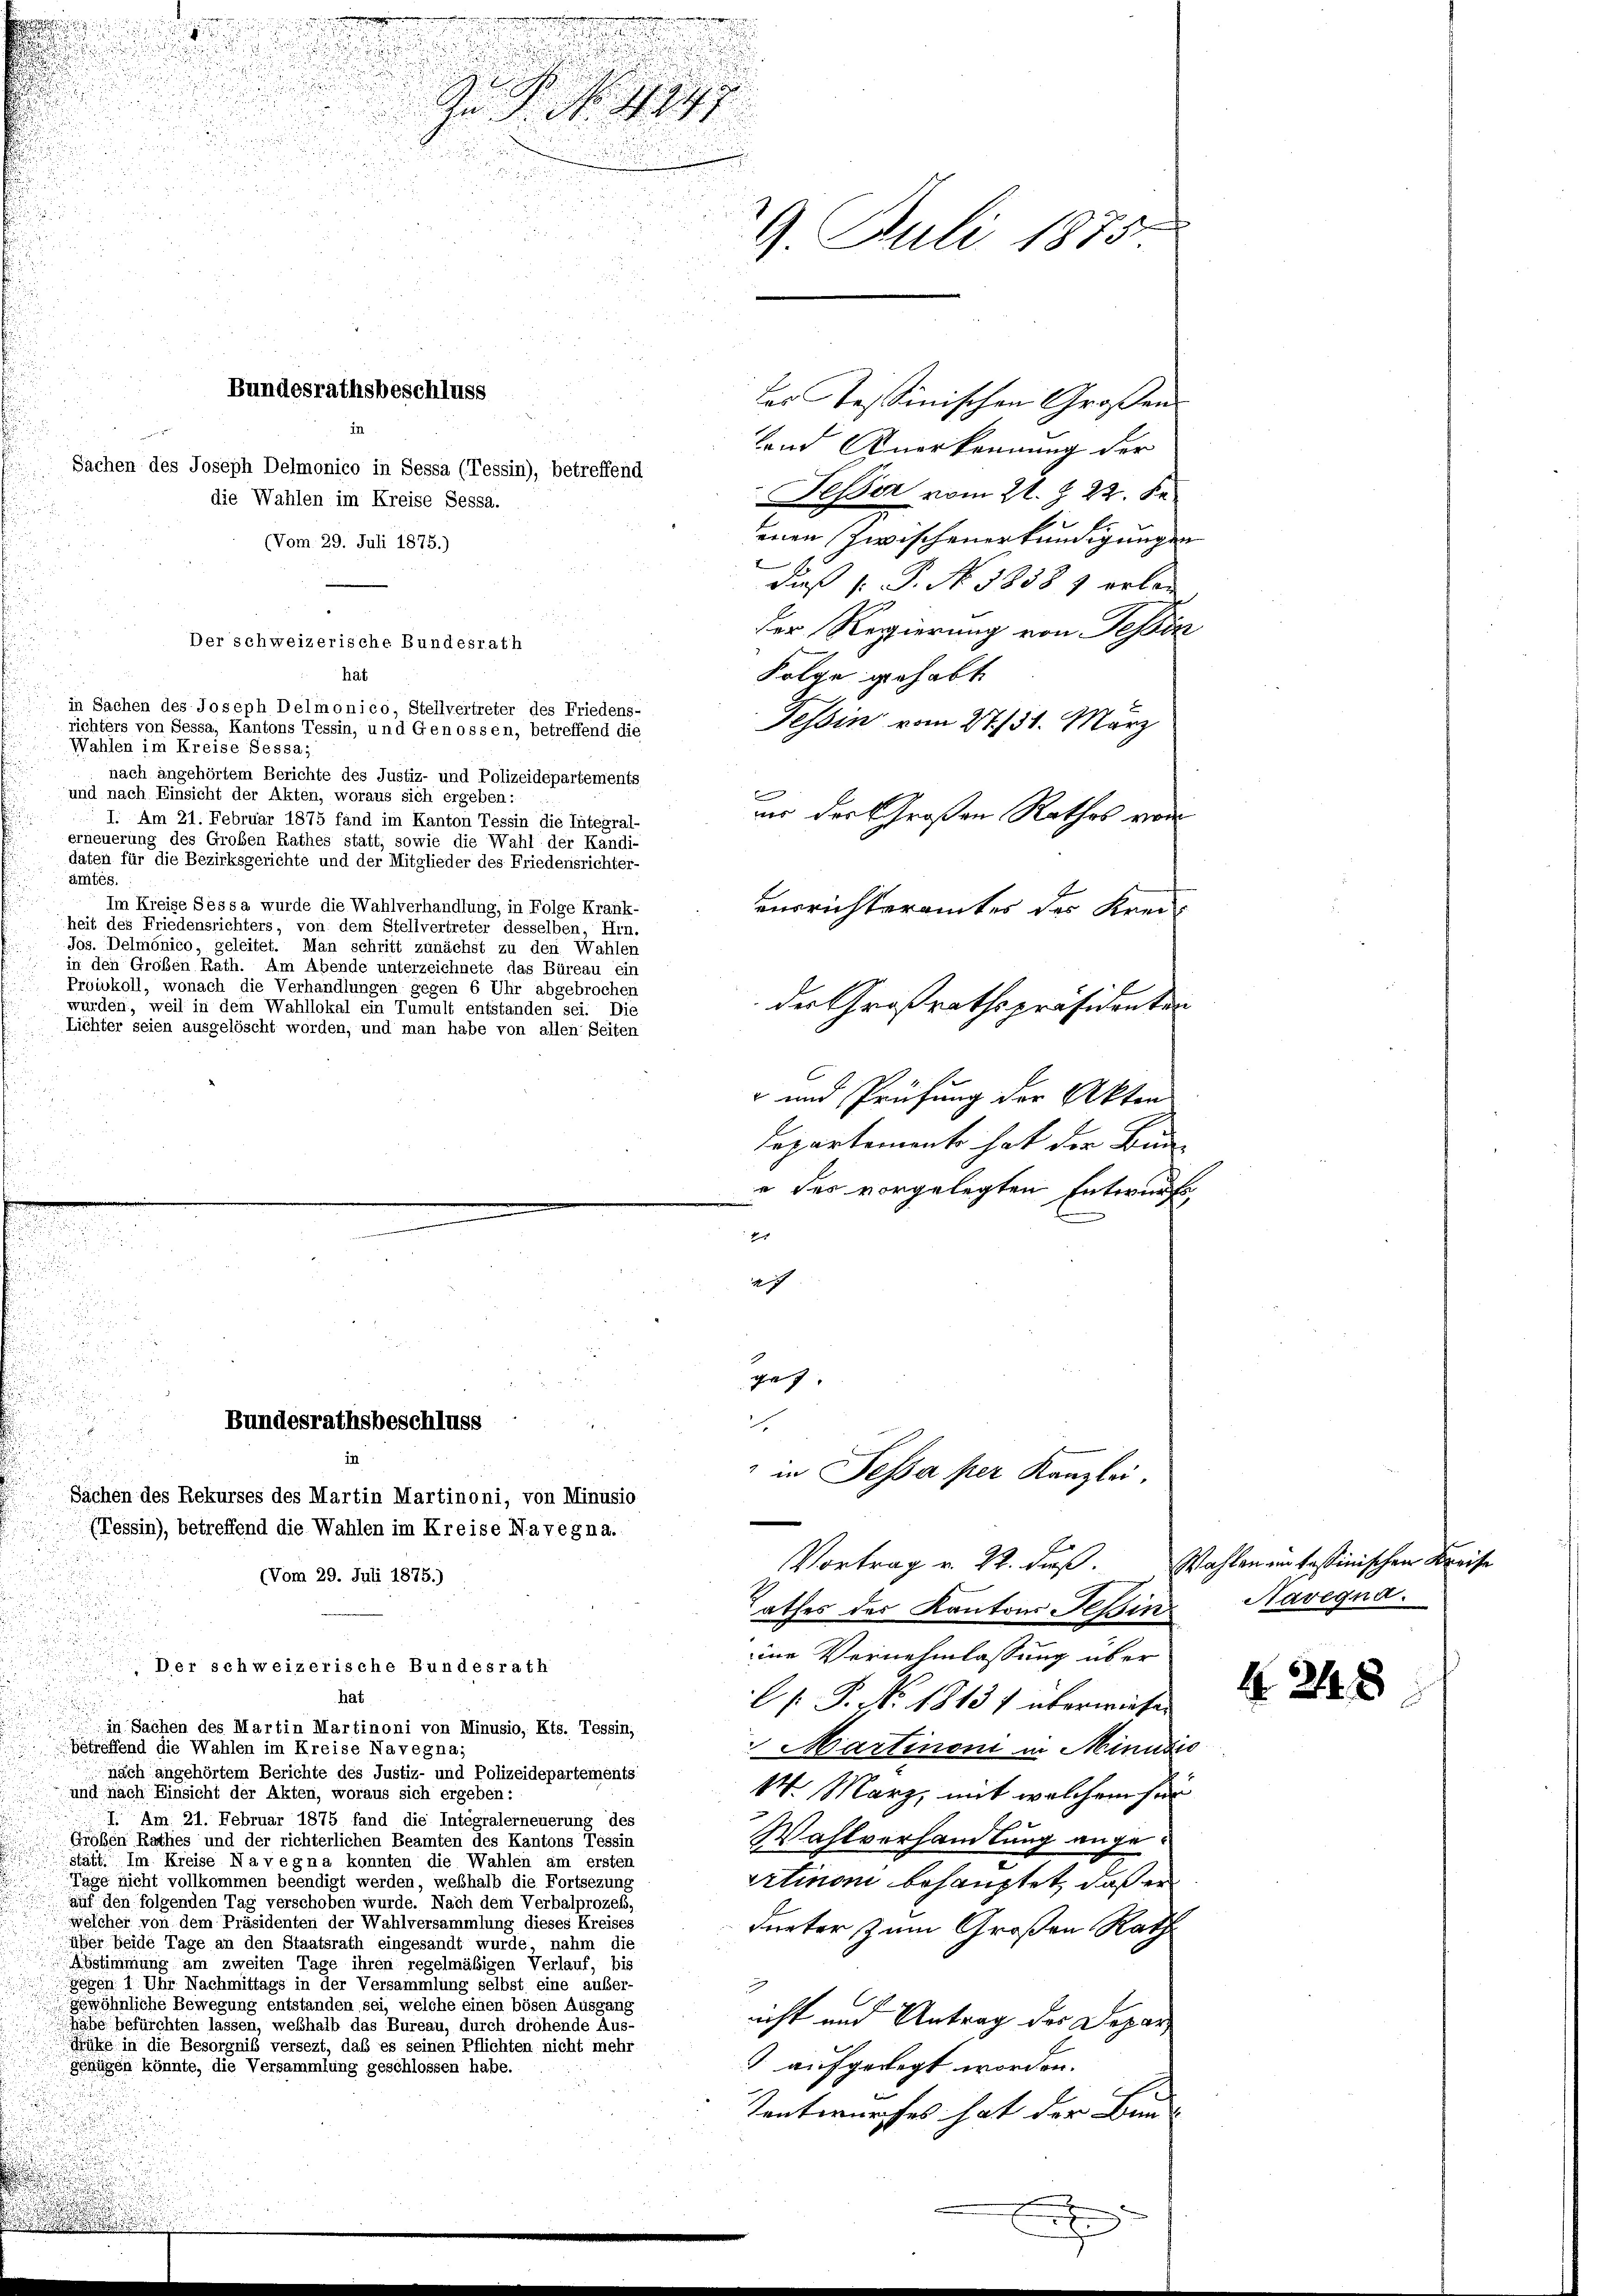
s

des Tessinischen Großen
lend Anerkennung der
Fesser vom 21. Z. 22. Se
n
enen Zwischenerkundigungen
daß 1. P. No. 1858 1 erlan
der Regierung von Tessin
Folge gehabt
Tessin vom 27./31. März
Wahlen im Kreise Sessa;
nach angehörtem Berichte des Justiz- und Polizeidepartements
e
und nach Einsicht der Akten, woraus sich ergeben:
nor der Großen Rathes vor
 I. Am 21. Februar 1875 fand im Kanton Tessin die Integral-
erneuerung des Großen Rathes statt, sowie die Wahl der Kandi-
daten für die Bezirksgerichte und der Mitglieder des Friedensrichter-
ämtés.
Im Kreise Sessa wurde die Wahlverhandlung, in Folge Krank-
ensrichteramtes der Kreis
heit des Friedensrichters, von dem Stellvertreter desselben, Hrn.
Jos. Delmönico, geleitet. Man schritt zunächst zu den Wahlen
in den Großen Rath. Am Abende unterzeichnete das Büreau ein
Proivkoll, wonach die Verhandlungen gegen 6 Uhr abgebrochen
der Großrathspräsidenten
wurden, weil in dem Wahllokal ein Tumult entstanden sei. Die
Lichter seien ausgelöscht worden, und man habe von allen Seiten
 und Prüfung der Akten
Departement hat der Bun
e des vorgelegten Entwurfs,
e
d

¬
x

.
u
ach
d

die Wahlen im Kreise Sessa.
(Vom 29. Juli 1875.)

Bundesrathsbeschluss
in
Sachen des Joseph Delmonico in Sessa (Tessin), betreffend

Der schweizerische Bundesrath
hät
in Sachen des Joseph Delmonico, Stellvertreter des Friedens-
richters von Sessa, Kantons Tessin, und Genossen, betreffend die

n
hat
in Sachen des Martin Martinoni von Minusio, Kts. Tessin,
betreffend die Wahlen im Kreise Navegna;
nach angehörtem Berichte des Justiz- und Polizeidepartements
und nach Einsicht der Akten, woraus sich ergeben:
I. Am 21. Februar 1875 fand die Integralerneuerung des
Großen Rathes und der richterlichen Beamten des Kantons Tessin
stätt. Im Kreise Navegna konnten die Wahlen am ersten
Tage nicht vollkommen beendigt werden, weßhalb die Fortsezung
auf den folgenden Tag verschoben wurde. Nach dem Verbalprozess,
welcher von dem Präsidenten der Wahlversammlung dieses Kreises
über beide Tage an den Staatsrath eingesandt wurde, nahm die
Abstimmung am zweiten Tage ihren regelmäßigen Verlauf, bis
Gegen 1 Uhr Nachmittags in der Versammlung selbst eine außer-
gewöhnliche Bewegung entstanden sei, welche einen bösen Ausgang
habe befürchten lassen, weßhalb das Bureau, durch drohende Aus-
Mühe in die Besorgnis versezt, daß es seinen Pflichten nicht mehr
gGenügen könnte, die Versammlung geschlossen habe.

Bundesrathsbeschluss
in
Sachen des Rekurses des Martin Martinoni, von Minusio
(Tessin), betreffend die Wahlen im Kreise Navegna.
(Vom 29. Juli 1875.)

Z. G.
29. Juli 1875

Der schweizerische Bundesrath

ge |

.

in Fessa per Kanzlei.

athes der Kantons Teßin Navegna
ie Vernehmlassung über
 P. No. 1813 f überwiesen
Martinon in Minusis
14. März, mit welchem für
Wahlverhandlung angeertinon behauptet, daß er
dunter zum Großen Rath
7
C
icht und Antrag des Depar
 aufgelegt worden.
Tentwurfes hat der Bun
x
e

Vortrag v. 22. dieß. Wahlen an basinischen Kreise

424 x